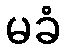
မခံ